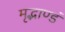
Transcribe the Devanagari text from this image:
मृद्भाण्डं